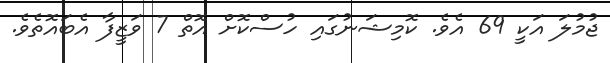
ޖުމުލަ އަކީ 69 އެވެ. ކޮމިޝަނުގައި ހުސްކޮށް އޮތް 7 ވަޒީފާ އެބައޮތެވެ.